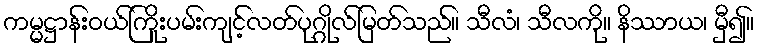
ကမ္မဋ္ဌာန်းဝယ်ကြိုးပမ်းကျင့်လတ်ပုဂ္ဂိုလ်မြတ်သည်။ သီလံ၊ သီလကို။ နိဿာယ၊ မှီ၍။